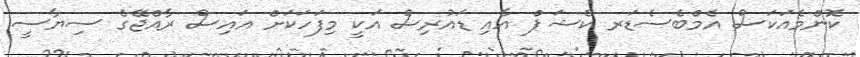
ކޮންމެއަކަސް އެމްބެސެޑަރ ކެޝަޕް އާއި ޑައުރިސް އަކީ މިފަހަކަށް އައިސް ރާއްޖޭގެ ސިޔާސީ